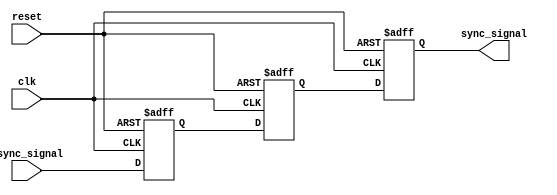
module metastability_detector (
    input wire clk,              // Clock signal
    input wire async_signal,     // Asynchronous input signal
    input wire reset,            // Asynchronous reset signal
    output reg sync_signal       // Synchronized output signal
);

    // Internal signals for the two flip-flops
    reg ff1, ff2;

    // Asynchronous reset and flip-flop logic
    always @(posedge clk or posedge reset) begin
        if (reset) begin
            ff1 <= 1'b0;          // Reset FF1
            ff2 <= 1'b0;          // Reset FF2
            sync_signal <= 1'b0;  // Reset output signal
        end else begin
            ff1 <= async_signal;   // Capture async_signal in FF1
            ff2 <= ff1;            // Capture FF1 output in FF2
            sync_signal <= ff2;    // Output the synchronized signal
        end
    end

endmodule